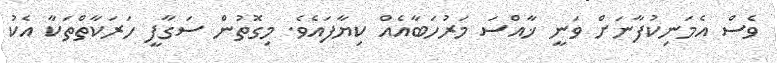
ވެސް އެމަނިކުފާނަށް ވަނީ ޚާއްސަ މަރުހަބާއެއް ކިޔާފައެވެ. މިގޮތުން ސަގާފީ ހަރަކާތްތަކާ އެކު